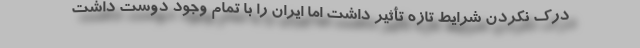
درک نکردن شرایط تازه تأثیر داشت اما ایران را با تمام وجود دوست داشت